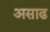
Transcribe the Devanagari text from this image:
असाढ